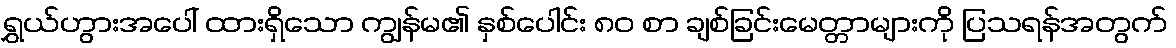
ရွှယ်ဟွားအပေါ် ထားရှိသော ကျွန်မ၏ နှစ်ပေါင်း ၈၀ စာ ချစ်ခြင်းမေတ္တာများကို ပြသရန်အတွက်